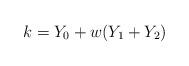
LaTeX: \begin{align*}k=Y_0+w(Y_1+Y_2)\end{align*}